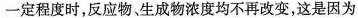
一定程度时，反应物，生成物浓度均不再改变，这是因为